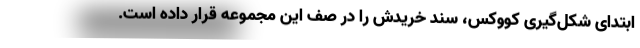
ابتدای شکل‌گیری کووکس، سند خریدش را در صف این مجموعه قرار داده است.